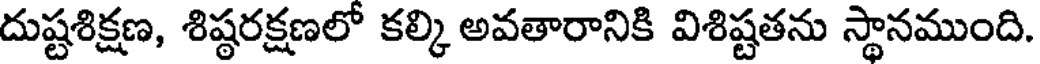
దుష్టశిక్షణ, శిష్ఠరక్షణలో కల్కి అవతారానికి విశిష్టతను స్థానముంది.